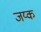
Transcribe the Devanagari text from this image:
जय्क